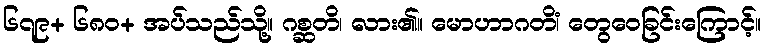
၆၇၉+ ၆၈၀+ အပ်သည်သို့။ ဂစ္ဆတိ၊ လား၏။ မောဟာဂတိံ၊ တွေဝေခြင်းကြောင့်။